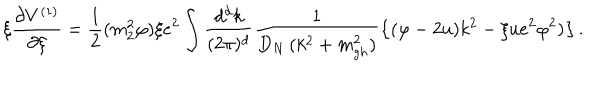
LaTeX: \xi \frac { \partial V ^ { ( 1 ) } } { \partial \xi } = \frac 1 2 ( m _ { 2 } ^ { 2 } \varphi ) \xi e ^ { 2 } \int \frac { d ^ { d } k } { ( 2 \pi ) ^ { d } } \frac 1 { D _ { N } \, ( k ^ { 2 } + m _ { g h } ^ { 2 } ) } \left\{ ( \varphi - 2 u ) k ^ { 2 } - \xi u e ^ { 2 } \varphi ^ { 2 } ) \right\} .